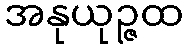
အနုယုဉ္ဇထ